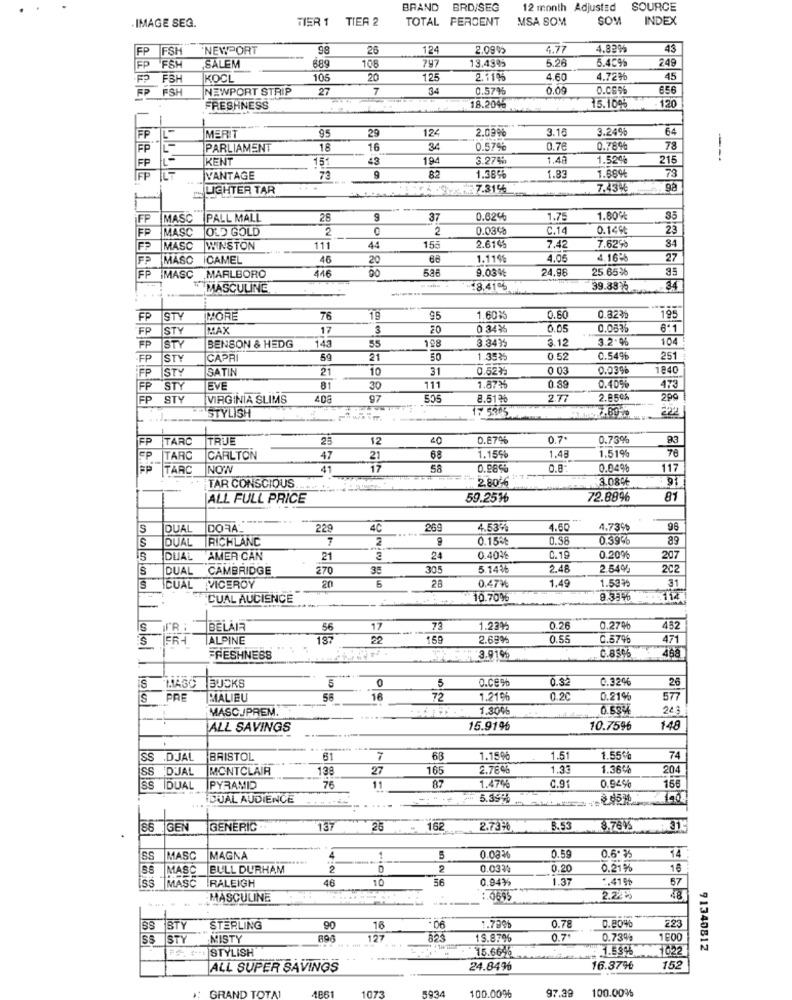
BRAND BRD/SEG
12 month Adjusted
SOURCE
TIER 1
TIER 2
TOTAL PERCENT
MSA SOM
SOM
INDEX
IMAGE SEG.
FP
FSH
NEWPORT
98
26
124
2.099
4.77
4.82%%
43
SALEM
5.26
6.45%
249
FP FSH
689
108
797
13.4995
FP
FSH
KOCL
105
20
125
2.1195
4.60
4.729%
45
FP FSH
NEWPORT STRIP
27
7
34
0.57%
0.00
656
120
FRESHNESS
18.20%
15.10%
95
29
124
2.09%
3.16
3.24%
64
FF
IL
MERIT
FP
PARLIAMENT
18
16
34
0.57%
0.76
0.78%
78
FP
KENT
15
43
194
3.27%
1.48
1.52%
215
1.5856
73
FF
VANTAGE
73
9
82
1.83
1.68%
JLICHTER TAR
7.43%
FF
MASC
PALL MALL
28
37
0.62%
1.75
1.80%
35
FP
MASC
OLD GOLD
2
2
0.0398
C.14
0.149
23
84
FP
MASC
WINSTON
48
111
44
155
2.614%
7.42
7.62%
FP
MASC
CAMEL
46
20
68
1.119%
4.05
4.16%
27
FP
535
9.03%
24.96
25.65%
35
FP IMASC
MARLBORO
446
"MASCULINE
-18.41+
39.38%
34
FP
STY
IMORE
76
19
1.60%
0.60
0.323%
195
FP
STY
HAX
17
3
20
0 3435
0.05
0.08%
6'1
STY
3.341
3.12
3.2.%
104
FP
BENSON & HEDG
143
55
-FP
STY
CAPRI
59
21
1.3535
0.52
0.54%
251
FP
ISTY
SATIN
21
10
31
0.52₺
0 03
0.03%
1840
FP
STY
EVE
81
30
111
1.87%
0.89
0.409%
473
FP
STY
VIRGINIA SLIMS
403
97
505
8.51
2.77
2.859%
200
17 5345
STYLISH
FP
TARC
İTRUE
25
12
0.870%
0.7.
0.73%
93
1.519
EP
TARC
CARLTON
47
21
68
1.15%
1.48
FP
TARC
NOW
41
17
58
0.98%
0.8
0.04%
117
2,80 6
3.08%
91
TAR CONSCIOUS
ALL FULL PRICE
59.2516
72.88%
81
S
DUAL
DORA_
229
4C
269
4.537
4.60
4.73%
98
S
IDUAL
RICHLAND
2
9
0.15%
0.58
0.39%
89
IDUAL
AMER CAN
21
24
0.40%
0.19
0.20%
207
S
DUAL
CAMBRIDGE
270
35
30.5
5.143₺
2.48
2.54%
202
20
5
1.53₥
CUAL VICEROY
28
0.47₩
1.49
31
CUAL AUCIENCE
10.70%
112
-
S
FR :
BELAIR
56
17
73
1.23%
0.26
0.27%
452
FR4
ALPINE
187
22
159
2.69%
0.55
0.67%
471
FRESHNESS
3.919%
0.856
468
IS
5
5
0.32
0.32
26
MASC
BUCKS
O.CE 9%
is
PRE
MALIBU
56
16
72
1.21%
0.20
0.21%
577
MASC.JPREM.
1.30%
24.3
ALL SAVINGS
15.91%
10.7596
148
SS .D.JAL
BRISTOL
61
68
1.159
1.51
1.55%
74
SS DJAL
MONTCLAIR
138
27
165
2.78%
1.33
1.365%
204
0.91
156
SS IDUAL
PYRAMID
76
87
1.47
0.94%
...
DUAL AUDIENCE
5.39%
85 GEN
85
GEN
GENERIC
137
25
162
2.73%
8.53
8.76%
14
SS
MASC
MAGNA
4
5
0.083%
0.59
0.6.3
MASC
BULL DURHAM
2
2
0.033%
0.20
0.21%
18
ISS
MASC RALEIGH
46
10
SE
0.94¥
1.37
1.418t
67
MASCULINE
:. 0695
2.24₽
48
0.78
0.80%
223
SS STY
STERLING
90
16
-06
1.7991
S$
STY
MISTY
127
823
15.87%
0.7+
0.73%
1600
STYLISH
15.66%
1022
91340812
ALL SUPER SAVINGS
24.84%
16.376
152
GRAND TOTAL
1073
103.4
100.00%
97.39
100.00%